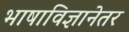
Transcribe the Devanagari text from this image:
भाषाविज्ञानेतर